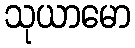
သုယာမော